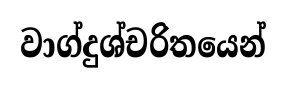
වාග්දුශ්චරිතයෙන්